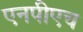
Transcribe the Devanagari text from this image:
एनपीएच